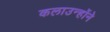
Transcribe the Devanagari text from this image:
कलाउन्होंने